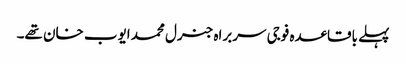
پہلے باقاعدہ فوجی سربراہ جنرل محمد ایوب خان تھے۔